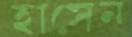
হাসেন